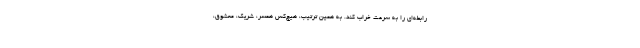
رابطه‌ای را به سرعت خراب کند. به همین ترتیب، هیچ‌کس همسر، شریک، معشوق،